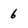
Character: 6